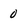
Character: 0